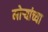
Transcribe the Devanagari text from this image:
मोर्‍यांच्या